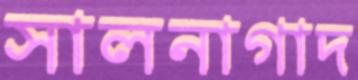
সালনাগাদ